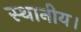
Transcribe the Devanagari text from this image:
स्‍थानीय।